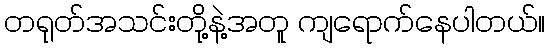
တရုတ်အသင်းတို့နဲ့အတူ ကျရောက်နေပါတယ်။